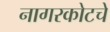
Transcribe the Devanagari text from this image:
नागरकोटचे